Civil Veterinary Department. United Provinces 1923-31 - 1923-1931
Year: 1923
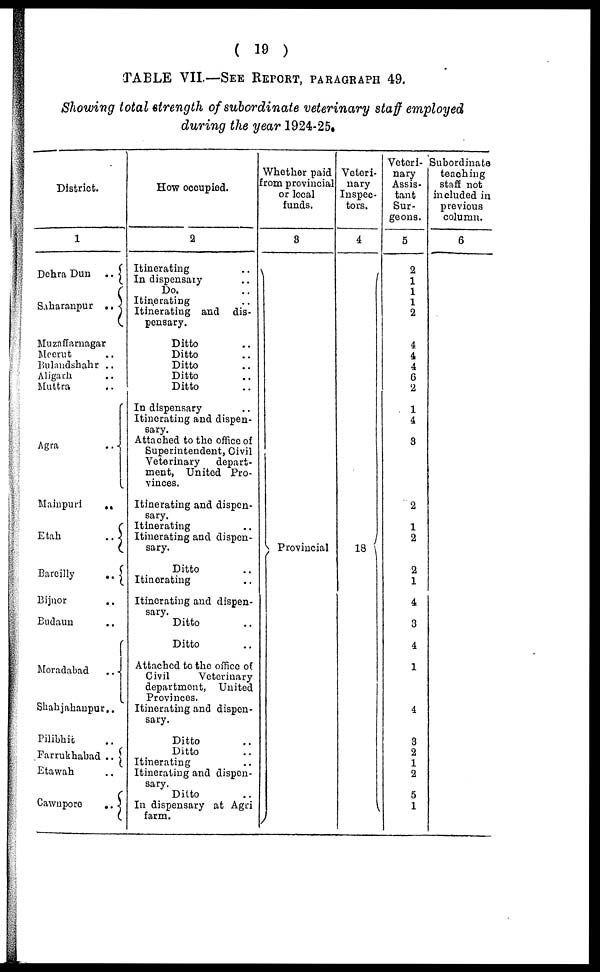
( 19 )
TABLE VII.—SEE REPORT, PARAGRAPH 49.
Showing total strength of subordinate veterinary staff employed
during the year 1924-25.
District.
1
Dehra Dun
..
Saharanpur ..
Muzaffarnagar
Meerut ..
Bulandshahr ..
Aligarh ..
Muttra ..
Agra ..
Mainpuri
..
Etah
..
Bareilly
..
Bijnor ..
Budaun ..
Moradabad
..
Shahjahanpur..
Pilibhit ..
Farrukhabad ..
Etawah ..
Cawnpore
..
How occupied.
2
Itinerating
..
In dispensary ..
Do. ..
Itinerating ..
Itinerating and dis-
pensary.
Ditto ..
Ditto ..
Ditto ..
Ditto ..
Ditto ..
In dispensary
..
Itinerating and dispen-
sary.
Attached to the office of
Superintendent, Civil
Veterinary
depart-
ment, United Pro-
vinces.
Itinerating and dispen-
sary.
Itinerating ..
Itinerating and dispen-
sary.
Ditto ..
Itinerating ..
Itinerating and dispen-
sary.
Ditto ..
Ditto ..
Attached to the office of
Civil
Veterinary
department, United
Provinces.
Itinerating and dispen-
sary.
Ditto ..
Ditto ..
Itinerating ..
Itinerating and dispen-
sary.
Ditto ..
In dispensary at Agri
farm.
Whether paid
from provincial
or local
funds.
3
Provincial
Veteri-
nary
Inspec-
tors.
4
18
Veteri-
nary
Assis-
tant
Sur-
geons.
5
2
1
1
1
2
4
4
4
6
2
1
4
3
2
1
2
2
1
4
3
4
1
4
3
2
1
2
5
1
Subordinate
teaching
staff not
included in
previous
column.
6